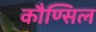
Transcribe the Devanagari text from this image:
कौण्सिल